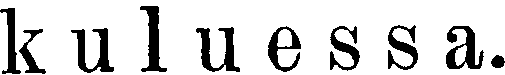
kuluessa.